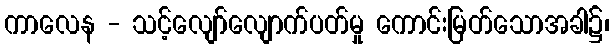
ကာလေန - သင့်လျော်လျောက်ပတ်မှု ကောင်းမြတ်သောအခါ၌၊